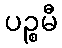
ပဉ္စမီ